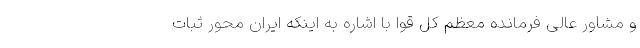
و مشاور عالی فرمانده معظم کل قوا با اشاره به اینکه ایران محور ثبات